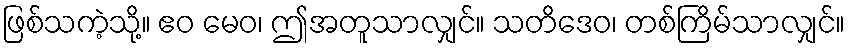
ဖြစ်သကဲ့သို့။ ဧဝ မေဝ၊ ဤအတူသာလျှင်။ သတိဒေဝ၊ တစ်ကြိမ်သာလျှင်။